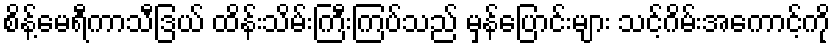
စိန့်မေရီကာသီဒြယ် ထိန်းသိမ်းကြီးကြပ်သည် မှန်ပြောင်းများ သင့်ဂိမ်းအကောင့်ကို